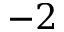
{ - 2 }